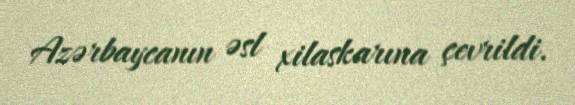
Azərbaycanın əsl xilaskarına çevrildi.